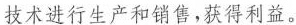
技术进行生产和销售，获得利益。